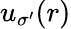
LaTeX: u_{\sigma^{\prime}}(r)